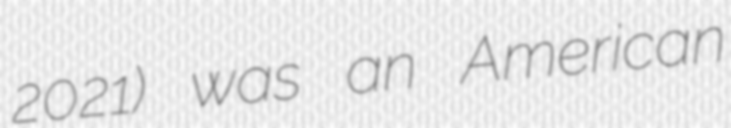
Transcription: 2021) was an American